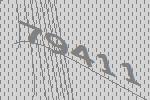
79411